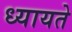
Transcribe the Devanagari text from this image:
ध्यायते